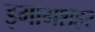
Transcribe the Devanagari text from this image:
इमामशहर